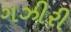
ગઝીરી